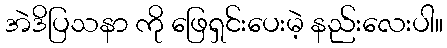
အဲဒိပြသနာ ကို ဖြေရှင်းပေးမဲ့ နည်းလေးပါ။